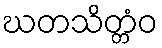
ဃတသိတ္တံဝ